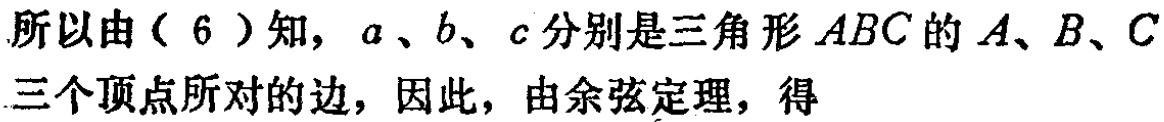
所以由（6）知，\(a\)、\(b\)、\(c\)分别是三角形\(ABC\)的\(A\)、\(B\)、\(C\)三个顶点所对的边，因此，由余弦定理，得